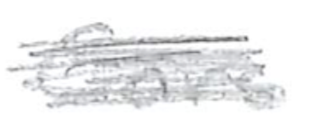
Text: Cars
Cross-out: scratch
Writing tool: pencil